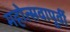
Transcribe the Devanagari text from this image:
महोत्सवापूर्वी